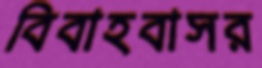
বিবাহবাসর